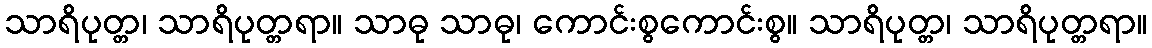
သာရိပုတ္တ၊ သာရိပုတ္တရာ။ သာဓု သာဓု၊ ကောင်းစွကောင်းစွ။ သာရိပုတ္တ၊ သာရိပုတ္တရာ။